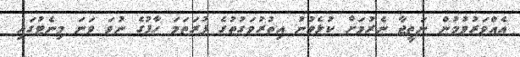
އެއްވަރުވުމުން ނަތީޖާ ނެރުމަށް ކުޅެވުނު އިތުރުވަގުތުގެ ފުރަތަމަ ހާފުގެ ނުވަ ވަނަ މިނެޓުގައި